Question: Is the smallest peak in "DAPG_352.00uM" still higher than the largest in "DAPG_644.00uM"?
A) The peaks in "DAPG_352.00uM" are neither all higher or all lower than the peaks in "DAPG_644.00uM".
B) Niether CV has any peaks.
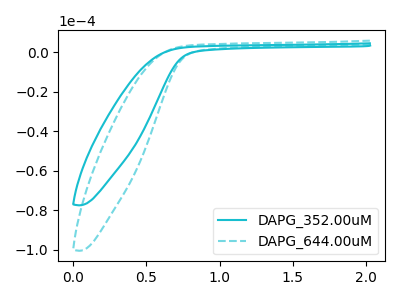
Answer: <think>The cyan curve "DAPG_352.00uM" has no peaks. The cyan dashed curve "DAPG_644.00uM" has no peaks.</think>
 <answer>B) Niether CV has any peaks.</answer>
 <eval>B</eval>